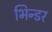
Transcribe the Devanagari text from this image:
भिन्डर